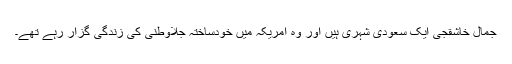
جمال خاشقجی ایک سعودی شہری ہیں اور وہ امریکہ میں خودساختہ جلاوطنی کی زندگی گزار رہے تھے۔